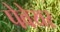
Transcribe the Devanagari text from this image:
पेवेयर